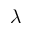
\lambda